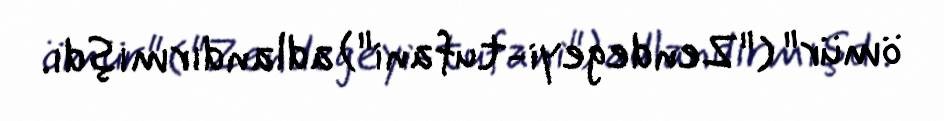
ömür" ("Zendegeyi-tufani") adlandırmışdı.